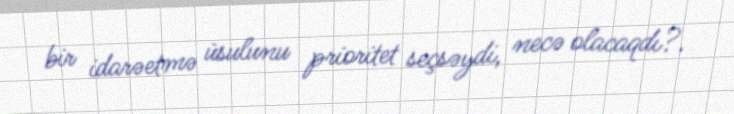
bir idarəetmə üsulunu prioritet seçsəydi, necə olacaqdı?.